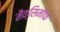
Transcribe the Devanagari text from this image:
मैक्सिमाॅफ